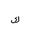
Letter: _kaf